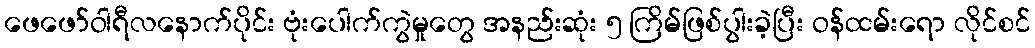
ဖေဖော်ဝါရီလနောက်ပိုင်း ဗုံးပေါက်ကွဲမှုတွေ အနည်းဆုံး ၅ ကြိမ်ဖြစ်ပွါးခဲ့ပြီး ဝန်ထမ်းရော လိုင်စင်